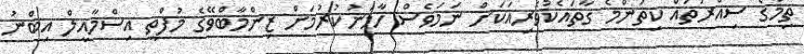
ތިމާގެ ސިއްރުތައް ކިތަންމެ ގާތައެކުވެރިއަކަށް ނަމަވެސް ހާމަނުކުރުމަށް ޒިންމާބްވޭގެ މުފްތީ އިސްމާއީލް އިބްނު